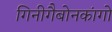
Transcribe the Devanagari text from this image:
गिनीगैबोनकांगो